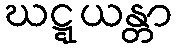
ဃဋ္ဋယန္တာ